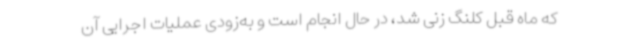
که ماه قبل کلنگ زنی شد، در حال انجام است و به‌زودی عملیات اجرایی آن